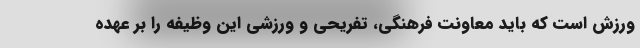
ورزش است که باید معاونت فرهنگی، تفریحی و ورزشی این وظیفه را بر عهده